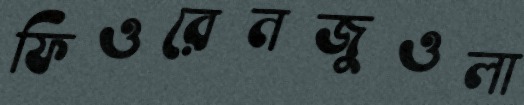
ফিওরেনজুওলা